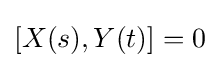
[X(s),Y(t)]=0